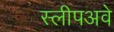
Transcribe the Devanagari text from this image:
स्लीपअवे